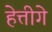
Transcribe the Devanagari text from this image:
हेत्तीगे